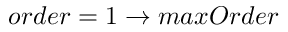
o r d e r = 1 \to m a x O r d e r